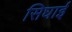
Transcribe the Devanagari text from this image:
सिघाई